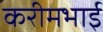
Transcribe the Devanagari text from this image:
करीमभाई